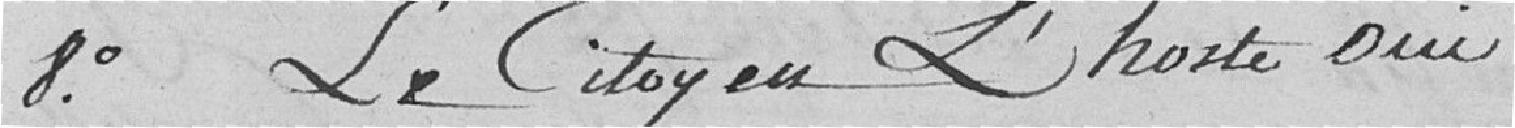
8°. Le citoyen L'hoste oui